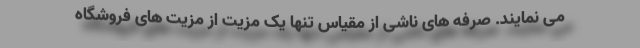
می نمایند. صرفه های ناشی از مقیاس تنها یک مزیت از مزیت های فروشگاه